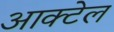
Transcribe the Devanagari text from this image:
आक्टेल